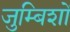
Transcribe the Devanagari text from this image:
जुम्बिशों